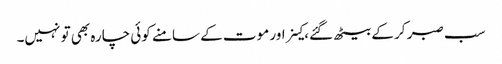
سب صبر کر کے بیٹھ گئے، کینر اور موت کے سامنے کوئی چارہ بھی تو نہیں۔